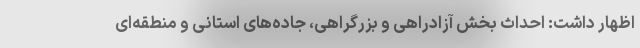
اظهار داشت: احداث بخش آزادراهی و بزرگراهی، جاده‌های استانی و منطقه‌ای